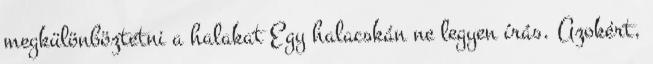
megkülönböztetni a halakat Egy halacskán ne legyen írás. Azokért,